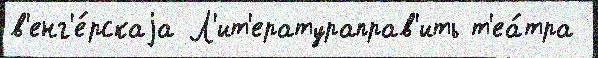
в'енг'е́рскаjа Л'ит'ератураправ'ить т'еа́тра